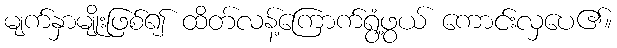
မျက်နှာမျိုးဖြစ်၍ ထိတ်လန့်ကြောက်ရွံ့ဖွယ် ကောင်းလှပေ၏။